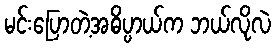
မင်းပြောတဲ့အဓိပ္ပာယ်က ဘယ်လိုလဲ